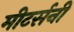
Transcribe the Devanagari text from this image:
मीटर्सनी